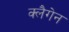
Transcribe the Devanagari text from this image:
क्लैगेन